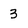
Character: 3